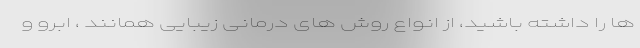
ها را داشته باشید، از انواع روش های درمانی زیبایی همانند ، ابرو و